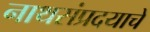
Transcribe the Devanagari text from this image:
नाथसंप्रदयाचे